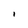
Character: l